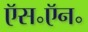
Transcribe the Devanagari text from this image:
ऍस॰ऍन॰